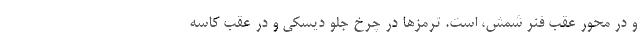
و در محور عقب فنر شمش، است. ترمزها در چرخ جلو دیسکی و در عقب کاسه